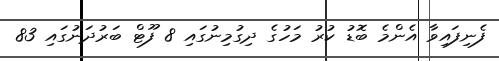
ފެނިފައިވާ އެންމެ ބޮޑު ކުރު މަހުގެ ދިގުމިނުގައި 8 ފޫޓް ބަރުދަނުގައި 83